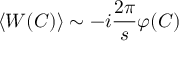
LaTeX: \langle W ( C ) \rangle \sim - i \frac { 2 \pi } { s } \varphi ( C )